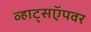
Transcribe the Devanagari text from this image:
व्हाट्सऍपवर